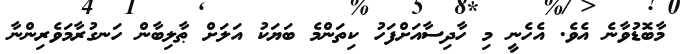
މާބޮޑުވާނެ އެވެ. އެހެނީ މި ހާދިސާއަށްފަހު ކިތަންމެ ބަޔަކު އަލަށް ޠާލިބާން ހަނގުރާމަވެރިންނާ